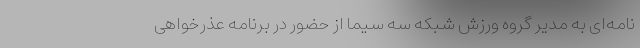
نامه‌ای به مدیر گروه ورزش شبکه سه سیما از حضور در برنامه عذرخواهی